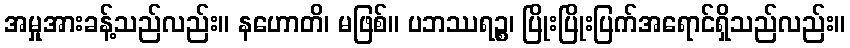
အမှုအားခန့်သည်လည်း။ နဟောတိ၊ မဖြစ်။ ပဘဿရဉ္စ၊ ပြိုးပြိုးပြက်အရောင်ရှိသည်လည်း။